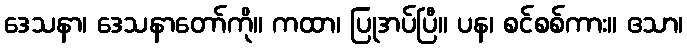
ဒေသနာ၊ ဒေသနာတော်ကို။ ကထာ၊ ပြုအပ်ပြီ။ ပန၊ စင်စစ်ကား။ ဧသာ၊